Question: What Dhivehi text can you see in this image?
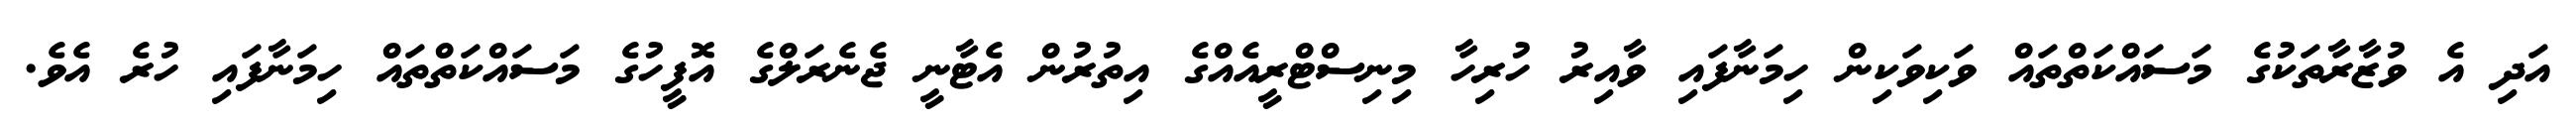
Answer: އަދި އެ ވުޒާރާތަކުގެ މަސައްކަތްތައް ވަކިވަކިން ހިމަނާފައި ވާއިރު ހުރިހާ މިނިސްޓްރީއެއްގެ އިތުރުން އެޓާނީ ޖެނެރަލްގެ އޮފީހުގެ މަސައްކަތްތައް ހިމަނާފައި ހުރެ އެވެ.